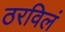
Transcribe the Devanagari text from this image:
ठरविलं